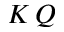
K \, Q